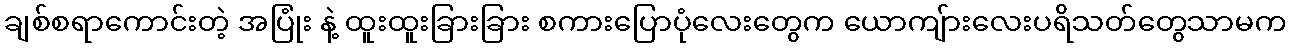
ချစ်စရာကောင်းတဲ့ အပြုံး နဲ့ ထူးထူးခြားခြား စကားပြောပုံလေးတွေက ယောကျ်ားလေးပရိသတ်တွေသာမက